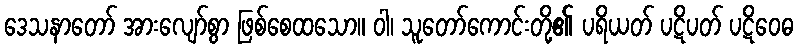
ဒေသနာတော် အားလျော်စွာ ဖြစ်စေထသော။ ဝါ၊ သူတော်ကောင်းတို့၏ ပရိယတ် ပဋိပတ် ပဋိဝေဓ